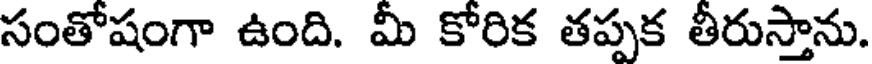
సంతోషంగా ఉంది. మీ కోరిక తప్పక తీరుస్తాను.